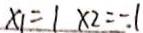
x _ { 1 } = 1 \times 2 = - 1